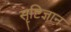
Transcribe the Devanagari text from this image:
सॄष्टिज्ञान